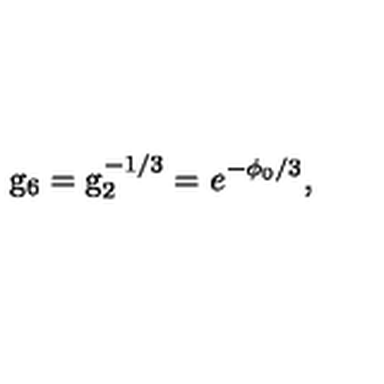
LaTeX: { \mathrm { g } _ { 6 } = \mathrm { g } _ { 2 } ^ { - 1 / 3 } = e ^ { - \phi _ { 0 } / 3 } , }